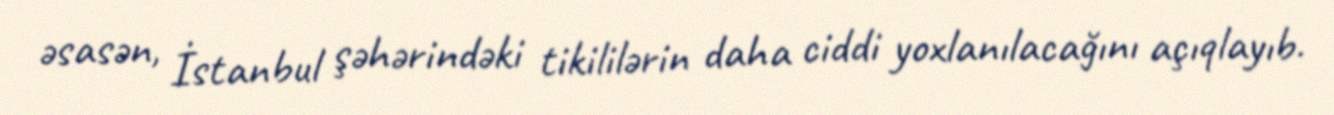
əsasən, İstanbul şəhərindəki tikililərin daha ciddi yoxlanılacağını açıqlayıb.